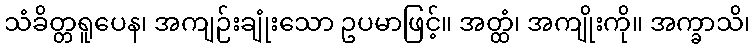
သံခိတ္တရူပေန၊ အကျဉ်းချုံးသော ဥပမာဖြင့်။ အတ္ထံ၊ အကျိုးကို။ အက္ခာသိ၊